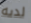
لديه